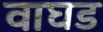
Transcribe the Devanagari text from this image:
वाघड